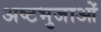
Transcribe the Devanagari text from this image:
अष्टभुजाओं